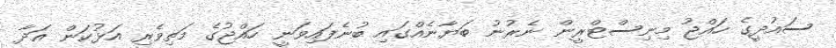
ސައުދީގެ ހައްޖު މިނިސްޓްރީން ނެރުނު ބަޔާނެއްގައި ބުނެފައިވަނީ ހައްޖުގެ މަތިވެރި އަޅުކަން އަދާ